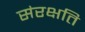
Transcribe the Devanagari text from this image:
संरक्षति